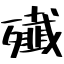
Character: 殱